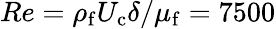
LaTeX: Re=\rho_{\mathrm{f}}U_{\mathrm{c}}\delta/\mu_{\mathrm{f}}=7500